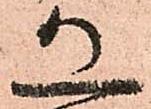
恐